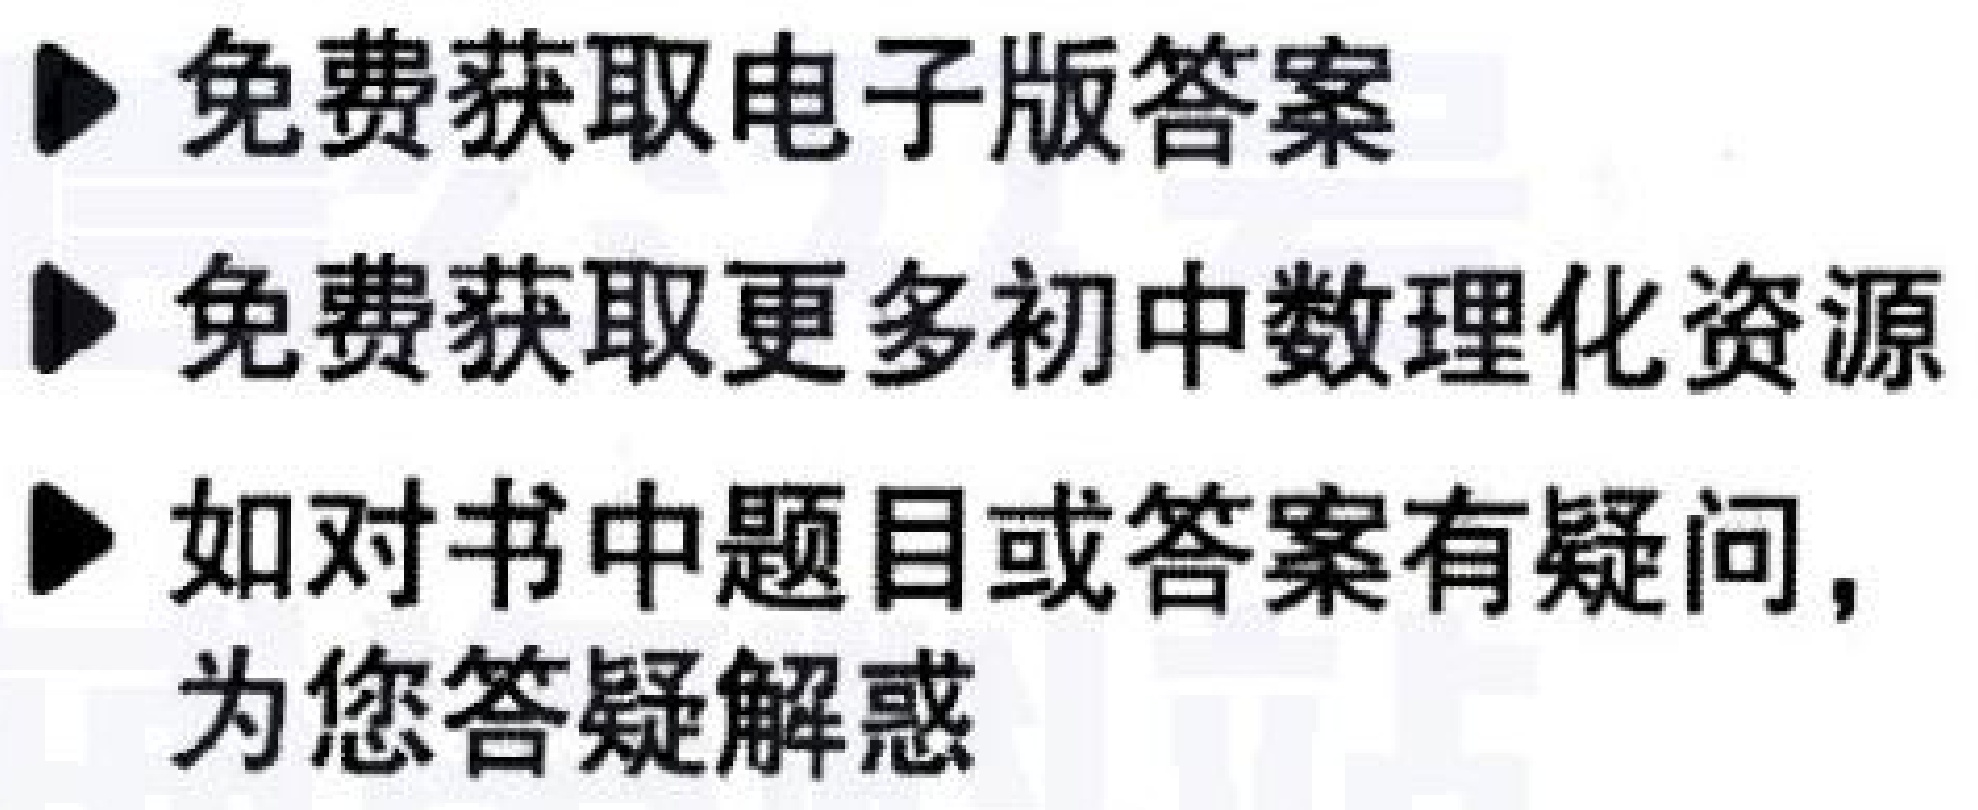
#NAME?